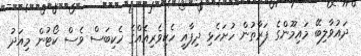
ދައުވާލިބޭ މައިމޫންގެ ފަރާތުން ހުށަހެޅި ދިފާއީ ހެކިވެރިއެއްގެ ހެކިބަސް ވެސް ކޯޓުން މިއަދު